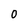
Character: 0